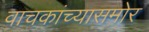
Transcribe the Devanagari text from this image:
वाचकांच्यासमोर